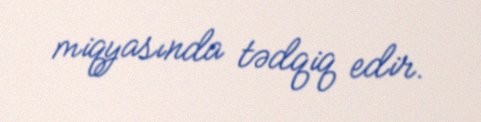
miqyasında tədqiq edir.